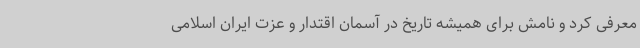
معرفی کرد و نامش برای همیشه تاریخ در آسمان اقتدار و عزت ایران اسلامی